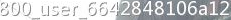
800_user_6642848106a12